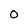
Character: 0